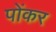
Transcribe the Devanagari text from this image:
पोंकर